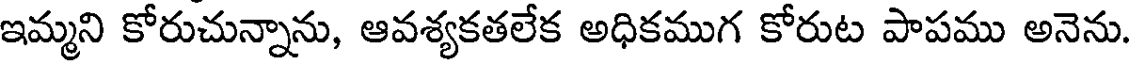
ఇమ్మని కోరుచున్నాను, ఆవశ్యకతలేక అధికముగ కోరుట పాపము అనెను.